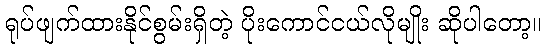
ရုပ်ဖျက်ထားနိုင်စွမ်းရှိတဲ့ ပိုးကောင်ငယ်လိုမျိုး ဆိုပါတော့။